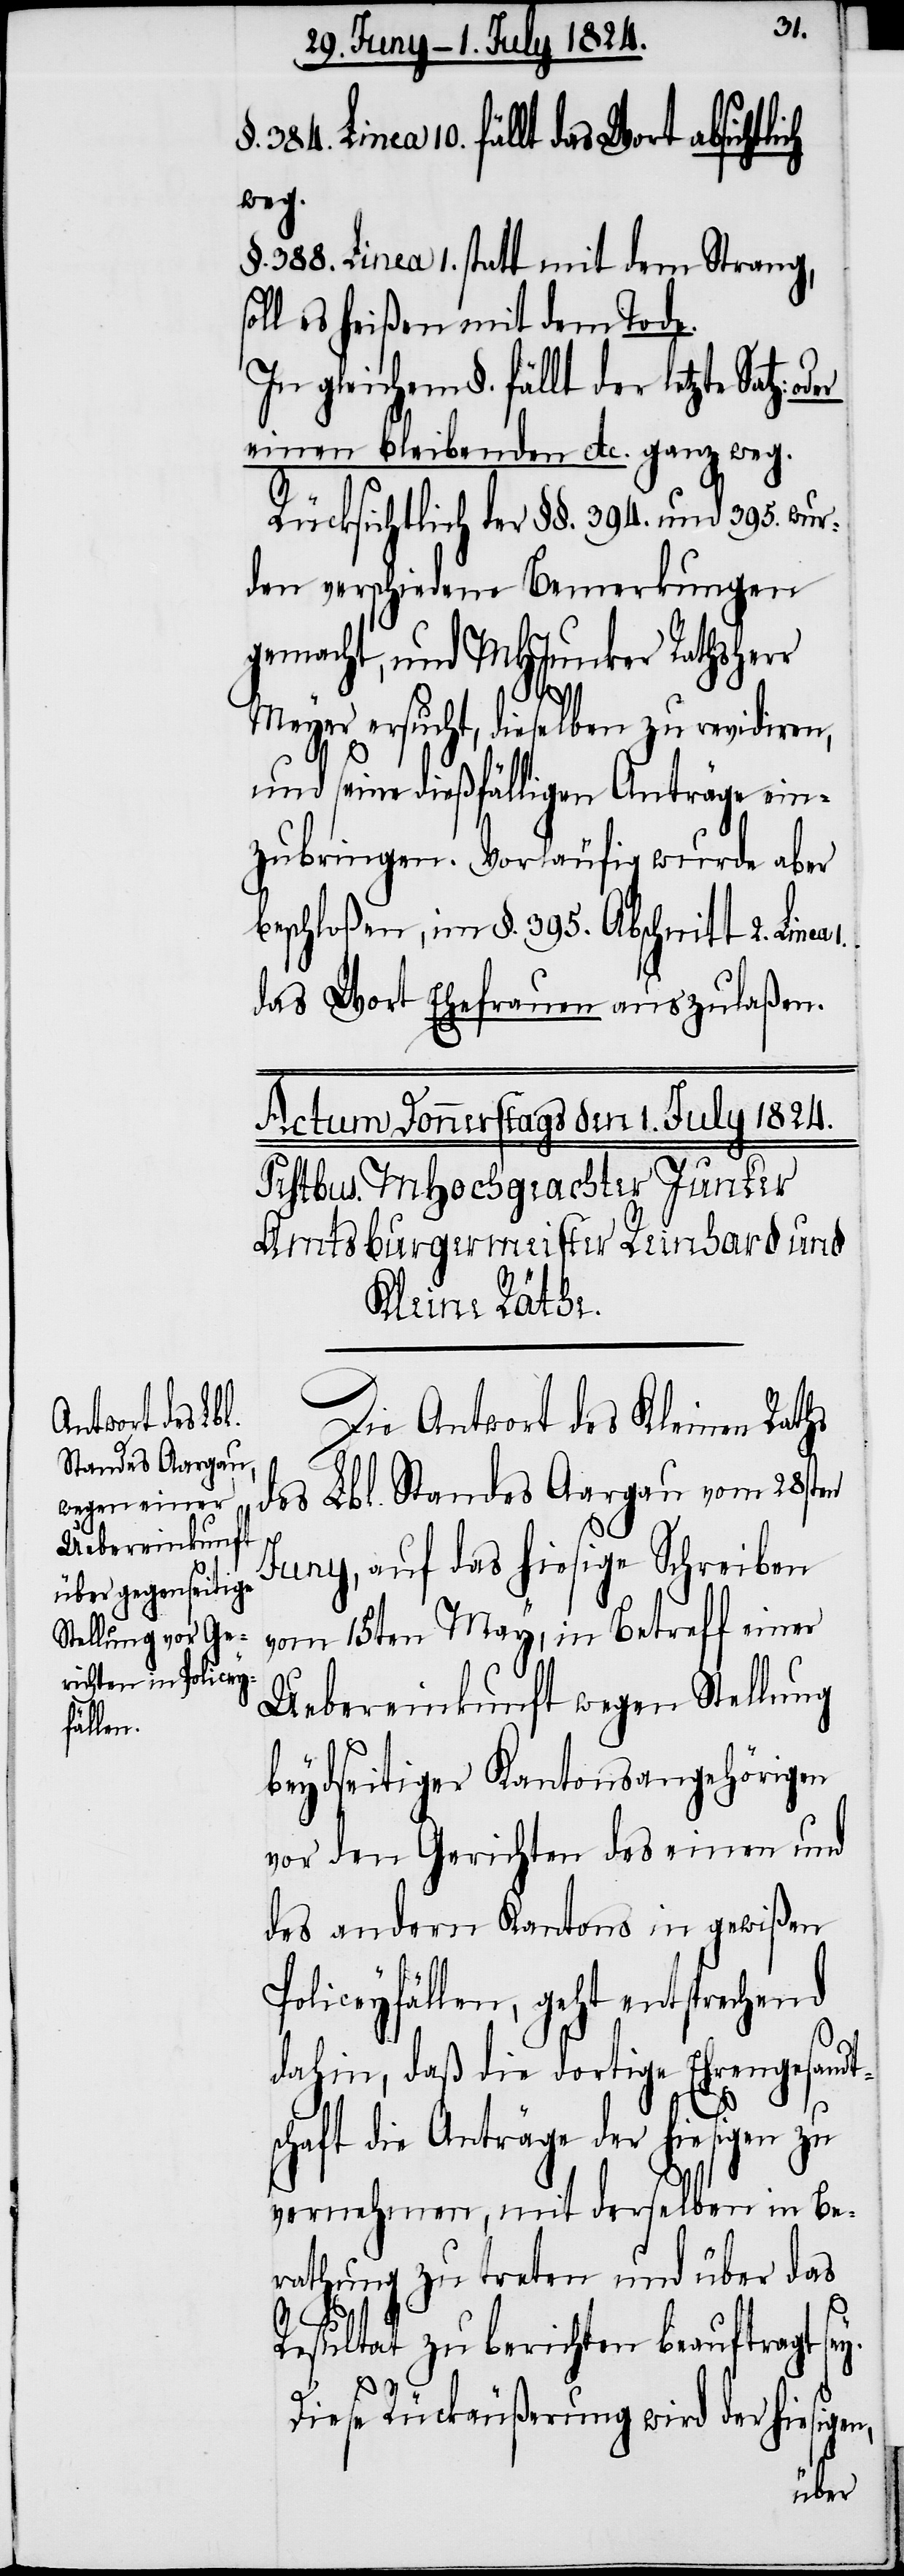
384. Linea 10. fällt das Wort absichtli¬
weg.
§. 388. Linea 1. statt mit dem Strang,
oll es heißen mit dem Tode.
In gleichem §. fällt der letzte Satz:
einen bleibenden etc. ganz weg.
Rücksichtlich der §§. 394. und 395. wur¬
den verschiedene Bemerkungen
gemacht, und MHJunker Rathsherr
Meyer ersucht, dieselben zu revidiren,
und seine dießfälligen Anträge ein¬
zubringen. Vorläufig wurde aber
beschloßen, im §. 395. Abschnitt 2. Linea
das Wort Ehefrauen auszulaßen.
Die Antwort des Kleinen Rathes
des Lbl. Standes Aargau vom 28sten
Juny, auf das hiesige Schreiben
vom 15ten May, in Betreff einer
Uebereinkunft wegen Stellung
beydseitiger Kantonsangehörigen
vor den Gerichten des einen und
des andern Kantons in gewißen
Policeyfällen, geht entsprechend
dahin, daß die dortige Ehrengesandt¬
schaft die Anträge der hiesigen zu
vernehmen, mit derselben in Be¬
rathung zu treten und über das
s¬
1.
Resultat zu berichten beauftragt sey.
ch
Diese Rückäußerungen wird der hiesigen,